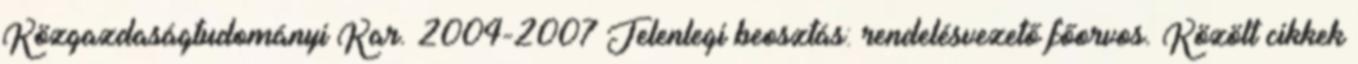
Közgazdaságtudományi Kar. 2004-2007 Jelenlegi beosztás: rendelésvezető főorvos. Közölt cikkek